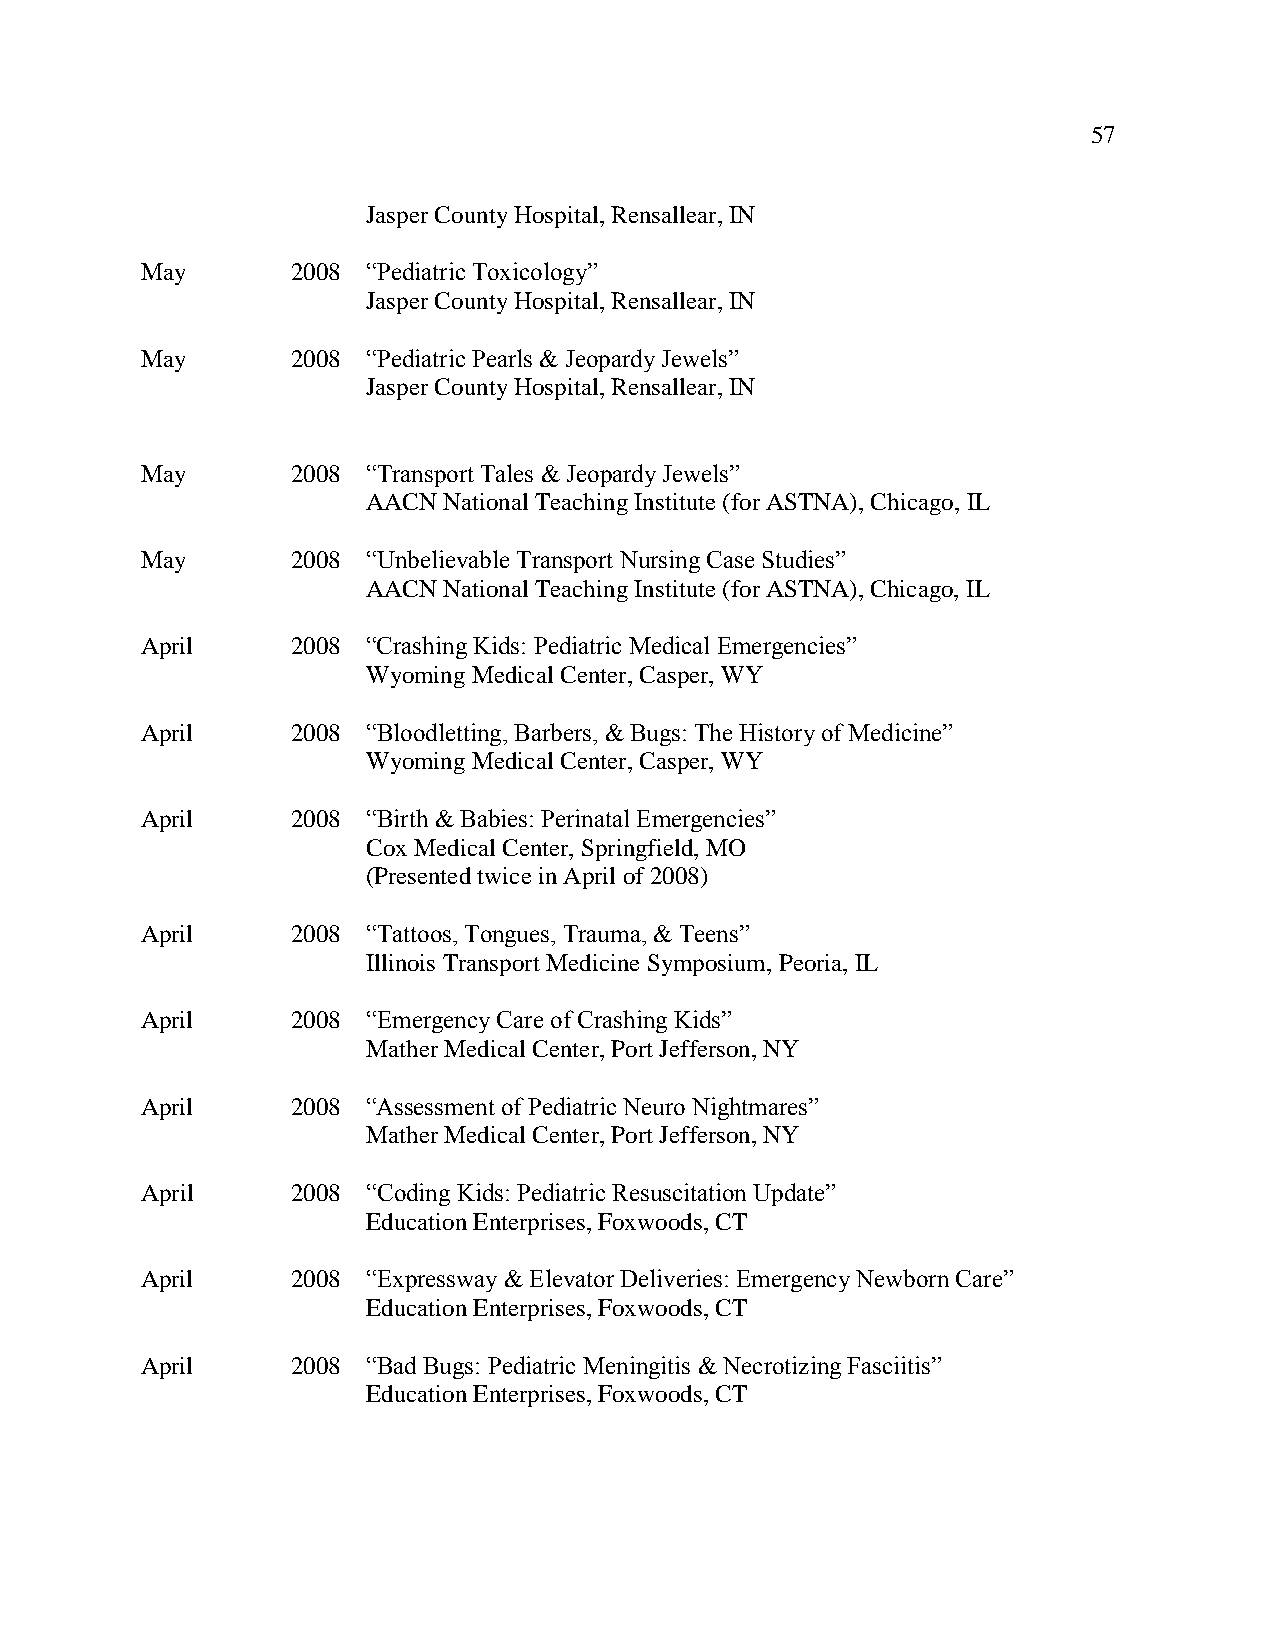
57
 Jasper County Hospital, Rensallear, IN
 May       2008 “Pediatric Toxicology”
 Jasper County Hospital, Rensallear, IN
 May       2008 “Pediatric Pearls & Jeopardy Jewels”
 Jasper County Hospital, Rensallear, IN
 May       2008 “Transport Tales & Jeopardy Jewels”
 AACN National Teaching Institute (for ASTNA), Chicago, IL
 May       2008 “Unbelievable Transport Nursing Case Studies”
 AACN National Teaching Institute (for ASTNA), Chicago, IL
 April     2008 “Crashing Kids: Pediatric Medical Emergencies”
 Wyoming Medical Center, Casper, WY
 April     2008 “Bloodletting, Barbers, & Bugs: The History of Medicine”
 Wyoming Medical Center, Casper, WY
 April     2008 “Birth & Babies: Perinatal Emergencies”
 Cox Medical Center, Springfield, MO
 (Presented twice in April of 2008)
 April     2008 “Tattoos, Tongues, Trauma, & Teens”
 Illinois Transport Medicine Symposium, Peoria, IL
 April     2008 “Emergency Care of Crashing Kids”
 Mather Medical Center, Port Jefferson, NY
 April     2008 “Assessment of Pediatric Neuro Nightmares”
 Mather Medical Center, Port Jefferson, NY
 April     2008 “Coding Kids: Pediatric Resuscitation Update”
 Education Enterprises, Foxwoods, CT
 April     2008 “Expressway & Elevator Deliveries: Emergency Newborn Care”
 Education Enterprises, Foxwoods, CT
 April     2008 “Bad Bugs: Pediatric Meningitis & Necrotizing Fasciitis”
 Education Enterprises, Foxwoods, CT